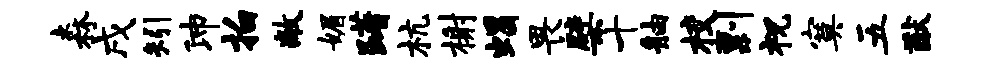
森戌矧沛拍敞媚躇杭榭蝎畏檗十舳校剽祝寞五猷